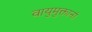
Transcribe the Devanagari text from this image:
वायुमुक्तानां